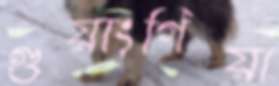
গুয়াংগিয়া